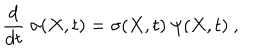
LaTeX: { \frac { d } { d t } } \ \sigma ( X , t ) = \sigma ( X , t ) \ \psi ( X , t ) \ ,